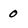
Character: 0